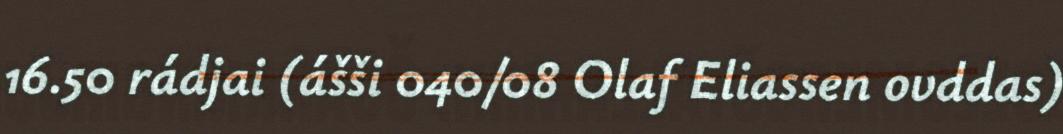
16.50 rádjai (ášši 040/08 Olaf Eliassen ovddas)